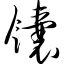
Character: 馕